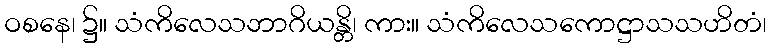
ဝစနေ၊ ၌။ သံကိလေသဘာဂိယန္တိ၊ ကား။ သံကိလေသကောဋ္ဌာသသဟိတံ၊